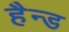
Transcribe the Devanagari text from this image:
हैन्ड